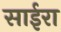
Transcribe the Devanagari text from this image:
साईरा